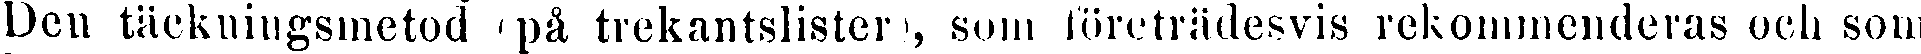
Den täckningsmetod på trekantslister, som företrädesvis rekommenderas och som